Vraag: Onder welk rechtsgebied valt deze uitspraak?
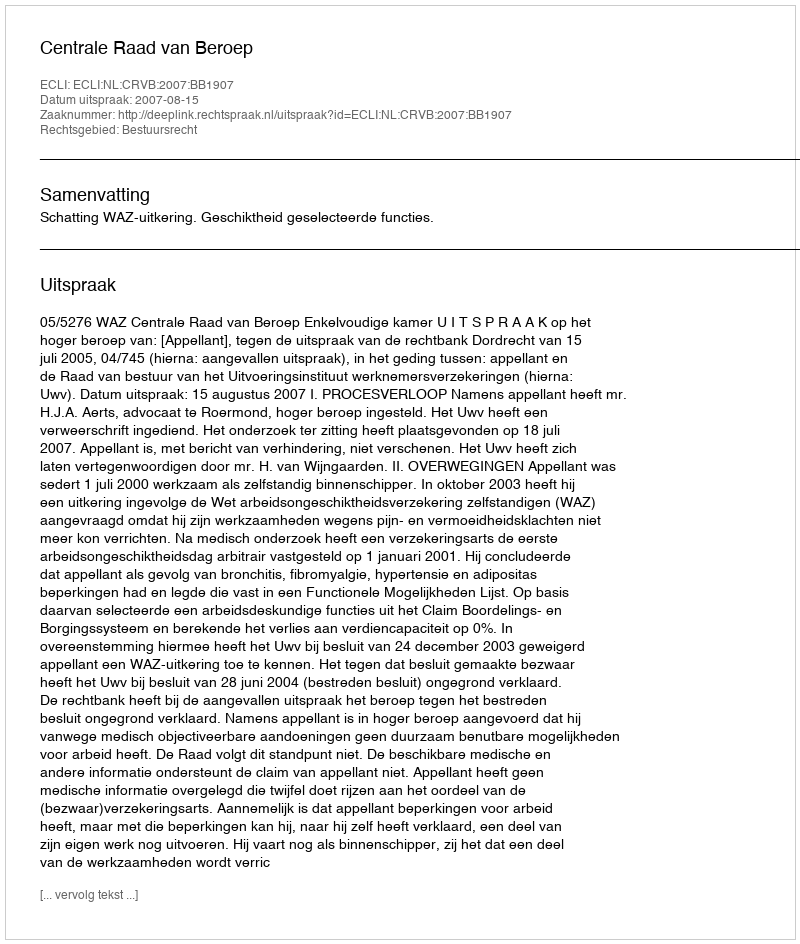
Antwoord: Bestuursrecht